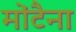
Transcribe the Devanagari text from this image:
मोंटैना